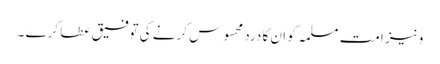
و نیز امت مسلمہ کو ان کا درد محسوس کرنے کی توفیق عطا کرے ۔